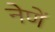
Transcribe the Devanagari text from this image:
नेणें